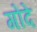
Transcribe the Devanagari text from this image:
गोंदे